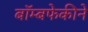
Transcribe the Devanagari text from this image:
बॉम्बफेकीने